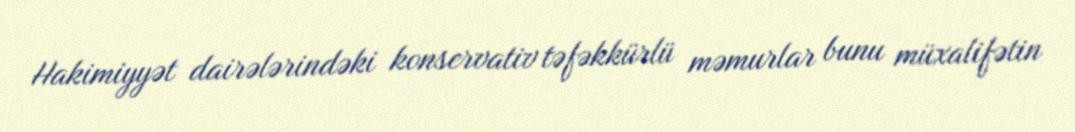
Hakimiyyət dairələrindəki konservativ təfəkkürlü məmurlar bunu müxalifətin